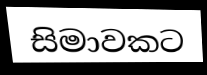
සිමාවකට